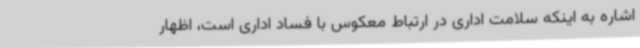
اشاره به اینکه سلامت اداری در ارتباط معکوس با فساد اداری است، اظهار